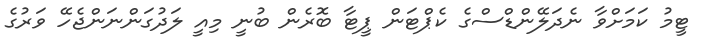
ޓީމު ކަމަށްވާ ނެދަލޭންޑްސްގެ ކެޕްޓަން ޕީޓާ ބޮރެން ބުނީ މިއީ ލަދުގަންނަންޖެހޭ ވަރުގެ